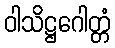
ဝါသိဋ္ဌဂေါတ္တံ